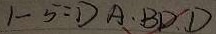
1 - 5 = D A \cdot B D D